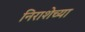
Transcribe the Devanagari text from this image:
निराशेच्या